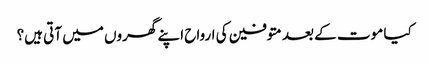
کیا موت کے بعد متوفین کی ارواح اپنے گھروں میں‌ آتی ہیں؟